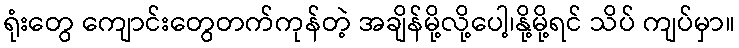
ရုံးတွေ ကျောင်းတွေတက်ကုန်တဲ့ အချိန်မို့လို့ပေါ့၊နို့မို့ရင် သိပ် ကျပ်မှာ။